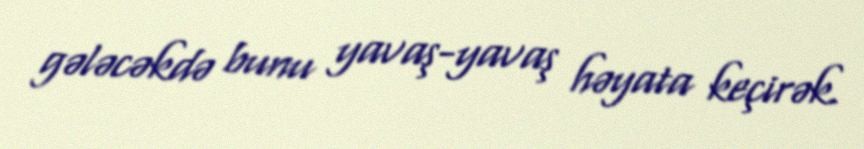
gələcəkdə bunu yavaş-yavaş həyata keçirək.